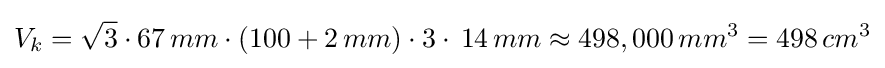
V_{k}={\sqrt {3}}\cdot 67\,mm\cdot (100+2\,mm)\cdot 3\cdot \,14\,mm\approx 498,000\,mm^{3}=498\,cm^{3}